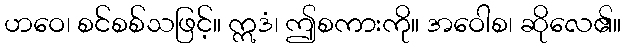
ဟဝေ၊ စင်စစ်သဖြင့်။ ဣဒံ၊ ဤစကားကို။ အဝေါစ၊ ဆိုလေ၏။